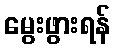
မွေးဖွားရန်